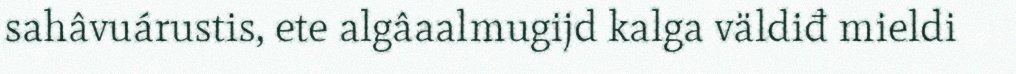
sahâvuárustis, ete algâaalmugijd kalga väldiđ mieldi